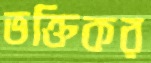
ভক্তিকর